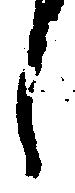
し